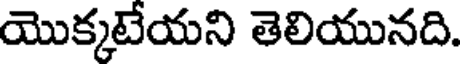
యొక్కటేయని తెలియునది.